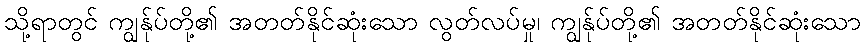
သို့ရာတွင် ကျွန်ုပ်တို့၏ အတတ်နိုင်ဆုံးသော လွတ်လပ်မှု၊ ကျွန်ုပ်တို့၏ အတတ်နိုင်ဆုံးသော